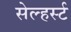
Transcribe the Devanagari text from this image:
सेल्हर्स्ट